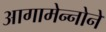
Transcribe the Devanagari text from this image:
आगामेन्नोने